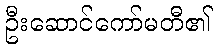
ဦးဆောင်ကော်မတီ၏